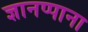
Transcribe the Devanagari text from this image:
ज्ञानप्पाना